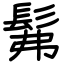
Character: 髴